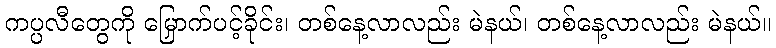
ကပ္ပလီတွေကို မြှောက်ပင့်ခိုင်း၊ တစ်နေ့လာလည်း မဲနယ်၊ တစ်နေ့လာလည်း မဲနယ်။